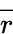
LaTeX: \overrightarrow{r}